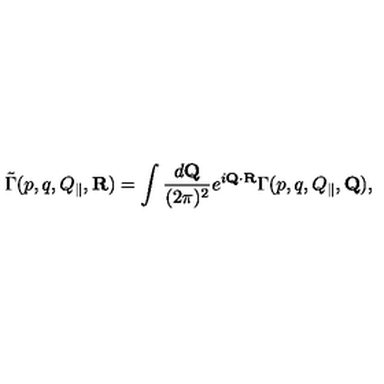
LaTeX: \tilde { \Gamma } ( p , q , Q _ { \| } , { \bf R } ) = \int { \frac { d { \bf Q } } { ( 2 \pi ) ^ { 2 } } } e ^ { i { \bf Q } \cdot { \bf R } } \Gamma ( p , q , Q _ { \| } , { \bf Q } ) ,